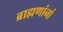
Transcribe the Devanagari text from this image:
ब्राह्मणांनां